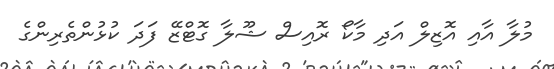
މުލާ އާއި އޮޒިލް އަދި މާކޯ ރޮއިސް ޝޫލާ ގޮޓްޒޭ ފަދަ ކުޅުންތެރިންގެ